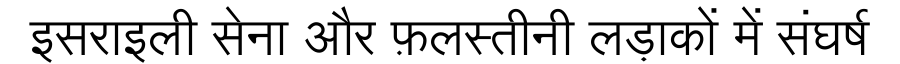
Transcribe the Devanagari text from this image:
इसराइली सेना और फ़लस्तीनी लड़ाकों में संघर्ष